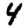
Digit: 4